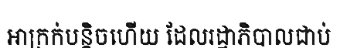
អាក្រក់បន្តិចហើយ ដែលរដ្ឋាភិបាលជាប់